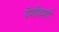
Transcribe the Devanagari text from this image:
देशोदशी